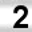
Digit: 2